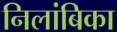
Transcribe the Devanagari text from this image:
निलांबिका